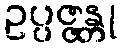
ဥပ္ပဇ္ဇန္တု